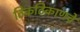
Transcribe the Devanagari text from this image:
ठिकठिकाणचे